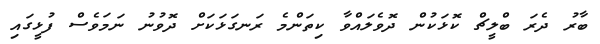
ބާރު ދެރަ ބްލީޗް ކޮޅަކުން ދޮވެލައްވާ ކިތަންމެ ރަނގަޅަކަށް ދޮވުނު ނަމަވެސް ފުޅީގައި